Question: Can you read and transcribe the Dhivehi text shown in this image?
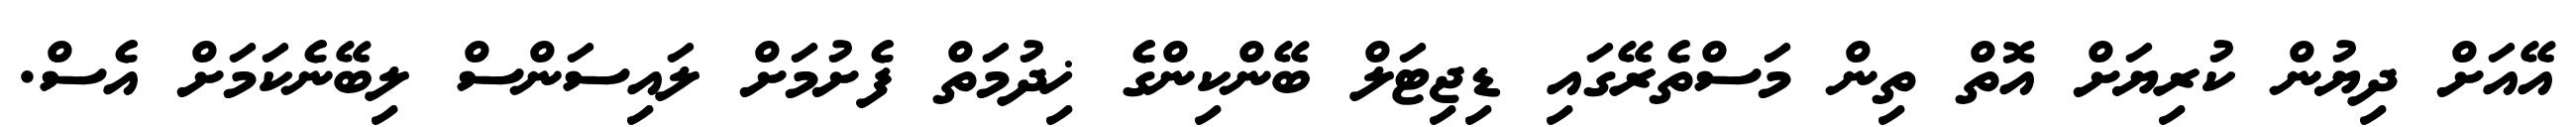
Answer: އޭއަށް ދިޔުން ކުރިޔަށް އޮތް ތިން މަސްތެރޭގައި ޑިޖިޓަލް ބޭންކިންގެ ޚިދުމަތް ފެށުމަށް ލައިސަންސް ލިބޭނެކަމަށް އެސް.